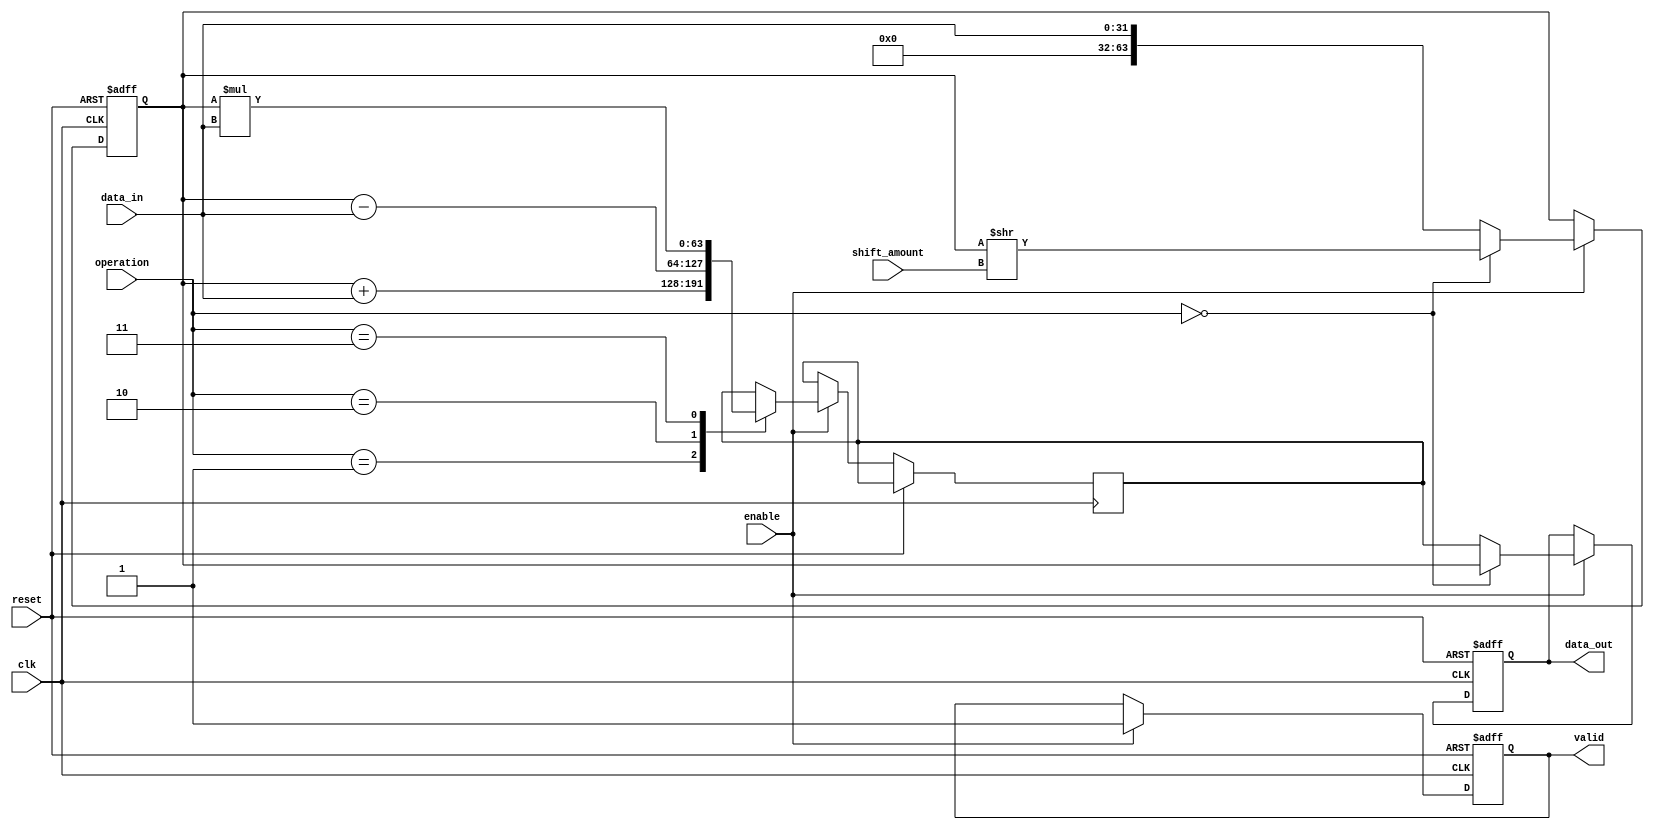
module LogarithmicShiftRegister (
    input wire clk,
    input wire reset,
    input wire enable,
    input wire [31:0] data_in,
    input wire [3:0] shift_amount, // Amount to shift
    input wire [1:0] operation, // 00: shift, 01: add, 10: subtract, 11: multiply
    output reg [63:0] data_out, // Output data
    output reg valid // Data valid signal
);

    reg [63:0] shift_reg; // Shift register
    reg [63:0] arithmetic_result; // Result of arithmetic operations

    // Logarithmic Shifting Unit
    function [63:0] log_shift;
        input [63:0] data;
        input [3:0] amount;
        begin
            // Example logarithmic shift operation (simple implementation)
            // In practice, this should be replaced with a proper logarithmic shift algorithm
            log_shift = data >> amount; // This is a placeholder for logarithmic shifting
        end
    endfunction

    // Control Logic
    always @(posedge clk or posedge reset) begin
        if (reset) begin
            shift_reg <= 64'b0;
            data_out <= 64'b0;
            valid <= 1'b0;
        end else if (enable) begin
            // Input Buffer
            shift_reg <= data_in;

            // Logarithmic Shift Operation
            case (operation)
                2'b00: begin
                    // Perform logarithmic shift
                    shift_reg <= log_shift(shift_reg, shift_amount);
                end
                2'b01: begin
                    // Perform addition
                    arithmetic_result <= shift_reg + data_in;
                end
                2'b10: begin
                    // Perform subtraction
                    arithmetic_result <= shift_reg - data_in;
                end
                2'b11: begin
                    // Perform multiplication
                    arithmetic_result <= shift_reg * data_in;
                end
                default: begin
                    arithmetic_result <= 64'b0;
                end
            endcase
            
            // Output Buffer
            data_out <= (operation == 2'b00) ? shift_reg : arithmetic_result;
            valid <= 1'b1; // Mark data as valid after processing
        end
    end

endmodule